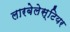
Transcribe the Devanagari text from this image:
लारबेलेस्टियर